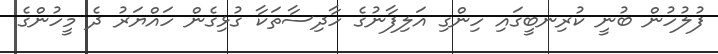
ފުލުހުން ބުނީ ކުރިނބީގައި ހިންގި އަލިފާނުގެ ހާދިސާތަކާ ގުޅިގެން ހައްޔަރު ދެ މީހުންގެ